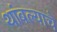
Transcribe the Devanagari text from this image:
थांबल्याचे